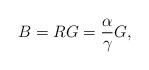
LaTeX: \begin{align*}B = R G = \frac{\alpha}{\gamma} G,\end{align*}